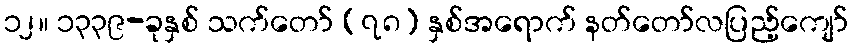
၁၂။ ၁၃၃၉-ခုနှစ် သက်တော် (၇၈) နှစ်အရောက် နတ်တော်လပြည့်ကျော်